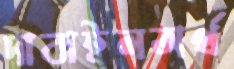
দাবাইলঅর্থ